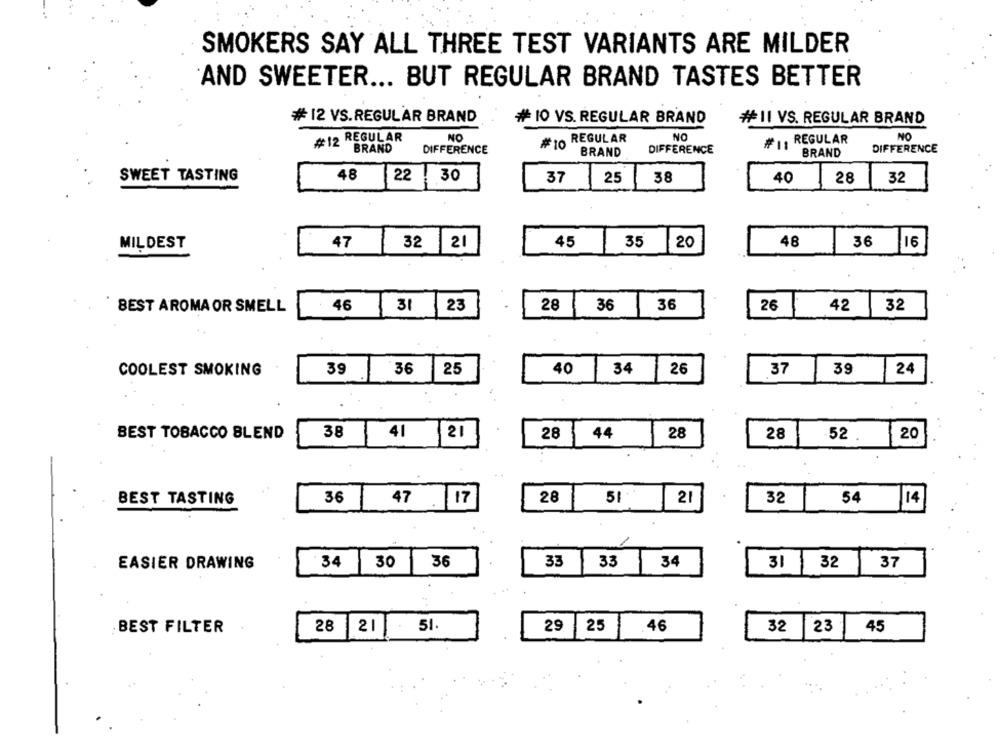
SMOKERS SAY ALL THREE TEST VARIANTS ARE MILDER
AND SWEETER ... BUT REGULAR BRAND TASTES BETTER
# 12 VS.REGULAR BRAND
# 10 VS. REGULAR BRAND
#11 VS. REGULAR BRAND
NO
NO
NO
#12 REGULAR
REGULAR
REGULAR
BRAND
DIFFERENCE
# 10
DIFFERENCE
DIFFERENCE
BRAND
BRAND
SWEET TASTING
48
22
30
37
25
38
40
28
32
MILDEST
47
32 21
45
35 20
48
36
16
46
31 23
28
36
36
26
42
32
BEST AROMA OR SMELL
COOLEST SMOKING
39
36
25
40
34
26
37
39
24
BEST TOBACCO BLEND
38
41
21
28
44
28
28
52
20
..
51.
BEST TASTING
36
47 .
17
28
21
32
54
/14
/
30
36
33
33
34
32
EASIER DRAWING
34
31
37
BEST FILTER
28
21
51.
29
25
.46
32 23
45